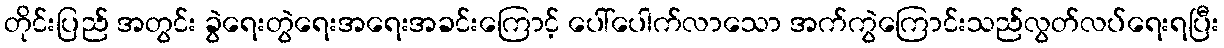
တိုင်းပြည် အတွင်း ခွဲရေးတွဲရေးအရေးအခင်းကြောင့် ပေါ်ပေါက်လာသော အက်ကွဲကြောင်းသည်လွတ်လပ်ရေးရပြီး